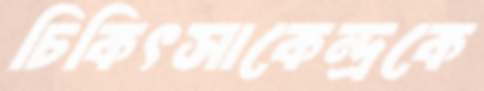
চিকিৎসাকেন্দ্রকে